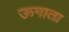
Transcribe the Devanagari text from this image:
ऊगाता